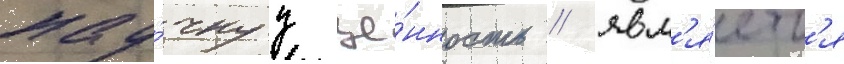
нау́чнуу це́нность / явл'я́етс'я